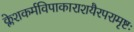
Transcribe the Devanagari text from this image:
क्लेशकर्मविपाकाराशयैरपरामृष्टः